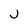
Character: J